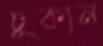
ঢুকান